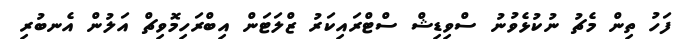
ފަހު ތިން މެޗު ނުކުޅެވުނު ސްވިޑިޝް ސްޓްރައިކަރު ޒްލަޓަން އިބްރަހިމޮވިޗް އަލުން އެނބުރި